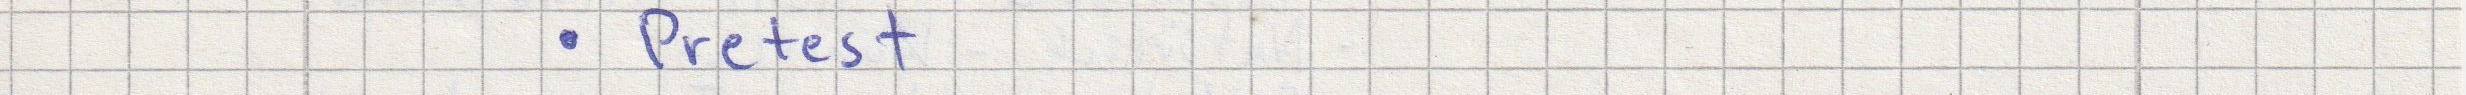
- Pretest